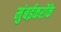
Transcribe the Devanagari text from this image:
मुंबईकरोंके